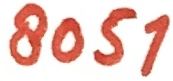
Text: 8051